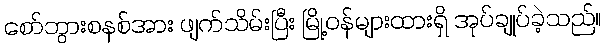
စော်ဘွားစနစ်အား ဖျက်သိမ်းပြီး မြို့ဝန်များထားရှိ အုပ်ချုပ်ခဲ့သည်။